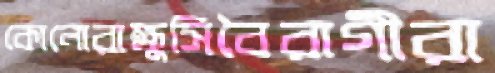
কোনোরাক্ষুসিবৈরাগীরা